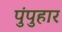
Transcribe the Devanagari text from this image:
पुंपुहार